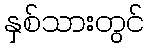
နှစ်သားတွင်